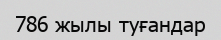
786 жылы туғандар